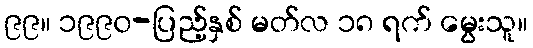
၉၉။ ၁၉၉၀-ပြည့်နှစ် မတ်လ ၁၈ ရက် မွေးသူ။